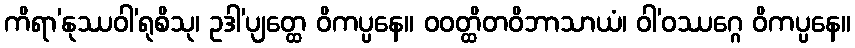
ကိရာ’နုဿဝါ’ရုစိသု၊ ဥဒါ’ပျတ္ထေ ဝိကပ္ပနေ။ ဝဝတ္ထိတဝိဘာသာယံ၊ ဝါ’ဝဿဂ္ဂေ ဝိကပ္ပနေ။